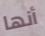
أنها